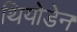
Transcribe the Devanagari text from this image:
थियोडेन